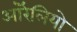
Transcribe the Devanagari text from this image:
ऑरेलियो